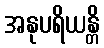
အနုပရိယန္တိ